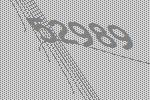
52989